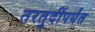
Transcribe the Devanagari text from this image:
तरतुदींपर्यंत